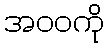
အဝဝကို